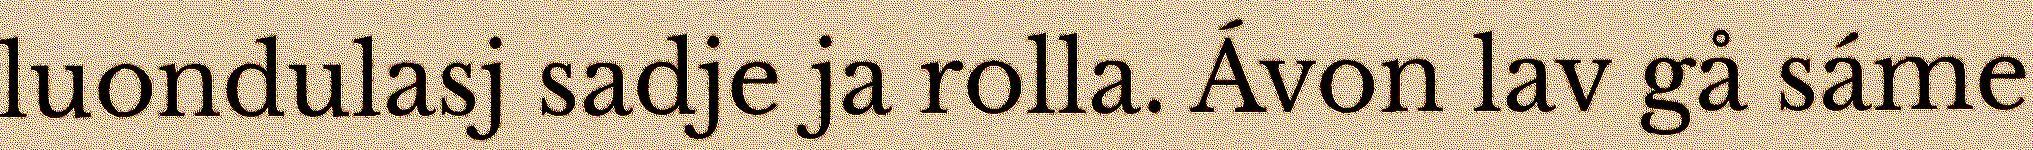
luondulasj sadje ja rolla. Ávon lav gå sáme